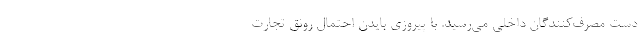
دست مصرف‌کنندگان داخلی می‌رسید. با پیروزی بایدن احتمال رونق تجارت